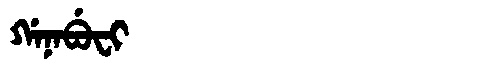
Manchu: ᡤᠠᠨᠠᠪᡠᠸᡳ
Romanization: GANABUFI